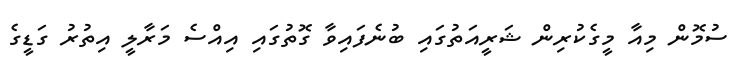
ސުމޮން މިއާ މީގެކުރިން ޝަރީއަތުގައި ބުނެފައިވާ ގޮތުގައި އިއްސެ މަރާލީ އިތުރު ގަޑީގެ